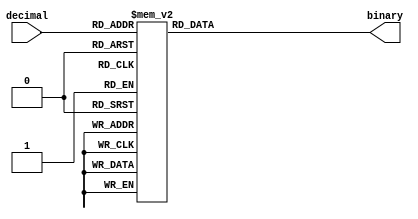
module dectobin (
    input [3:0] decimal,
    output reg [3:0] binary
);

always @(*) begin
    case(decimal)
        0: binary = 4'b0000;
        1: binary = 4'b0001;
        2: binary = 4'b0010;
        3: binary = 4'b0011;
        4: binary = 4'b0100;
        5: binary = 4'b0101;
        6: binary = 4'b0110;
        7: binary = 4'b0111;
        8: binary = 4'b1000;
        9: binary = 4'b1001;
        default: binary = 4'bxxxx; 
    endcase
end

endmodule